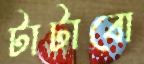
টাটাবো